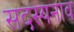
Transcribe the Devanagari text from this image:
सदस्यनाव